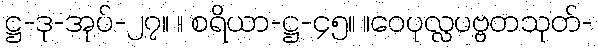
ဋ္ဌ-ဒု-အုပ်-၂၇။ ။ စရိယာ-ဋ္ဌ-၄၅။ ။ဝေပုလ္လပဗ္ဗတသုတ်-